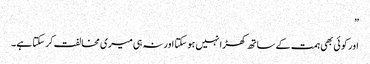
”
اور کو ئی بھی ہمت کے ساتھ کھڑا نہیں ہو سکتا اور نہ ہی میری مخالفت کر سکتا ہے۔